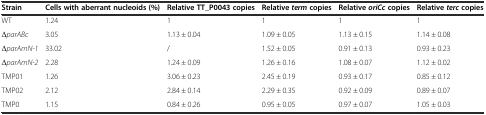
<table><thead><tr><td><b>Strain</b></td><td><b>Cells with aberrant nucleoids (%)</b></td><td><b>Relative TT_P0043 copies</b></td><td><b>Relative<i>term</i>copies</b></td><td><b>Relative<i>oriCc</i>copies</b></td><td><b>Relative<i>terc</i>copies</b></td></tr></thead><tbody><tr><td>WT</td><td>1.24</td><td>1</td><td>1</td><td>1</td><td>1</td></tr><tr><td>Δ<i>parABc</i></td><td>3.05</td><td>1.13 ± 0.04</td><td>1.09 ± 0.05</td><td>1.13 ± 0.15</td><td>1.14 ± 0.08</td></tr><tr><td>Δ<i>parAmN-1</i></td><td>33.02</td><td>/</td><td>1.52 ± 0.05</td><td>0.91 ± 0.13</td><td>0.93 ± 0.23</td></tr><tr><td>Δ<i>parAmN-2</i></td><td>2.28</td><td>1.24 ± 0.09</td><td>1.26 ± 0.16</td><td>1.08 ± 0.07</td><td>1.12 ± 0.02</td></tr><tr><td>TMP01</td><td>1.26</td><td>3.06 ± 0.23</td><td>2.45 ± 0.19</td><td>0.93 ± 0.17</td><td>0.85 ± 0.12</td></tr><tr><td>TMP02</td><td>2.12</td><td>2.84 ± 0.14</td><td>2.29 ± 0.35</td><td>0.92 ± 0.09</td><td>0.89 ± 0.07</td></tr><tr><td>TMP0</td><td>1.15</td><td>0.84 ± 0.26</td><td>0.95 ± 0.05</td><td>0.97 ± 0.07</td><td>1.05 ± 0.03</td></tr></tbody></table>